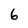
Character: 6